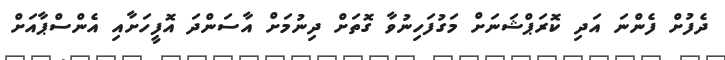
ދެފުށް ފެންނަ އަދި ކޮރަޕްޝަނަށް މަގުފަހިނުވާ ގޮތަށް ދިނުމަށް އާސަންދަ އޮފީހަށާއި އެންސްޕާއަށް